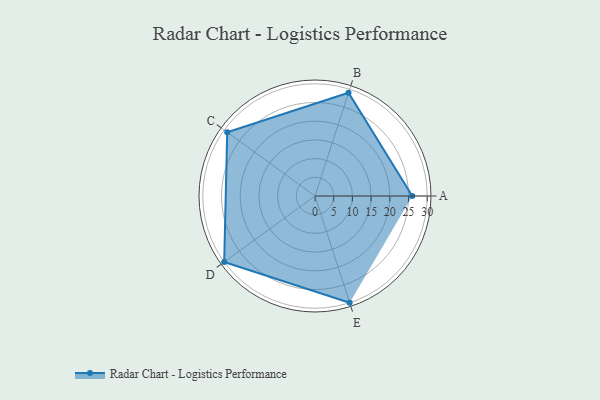
{"axis": {"x": "Skill", "y": "Score"}, "legend": ["Profile"], "data": [{"x": "A", "y": 26.0, "type": "Profile"}, {"x": "B", "y": 29.0, "type": "Profile"}, {"x": "C", "y": 29.0, "type": "Profile"}, {"x": "D", "y": 30.0, "type": "Profile"}, {"x": "E", "y": 30.0, "type": "Profile"}]}